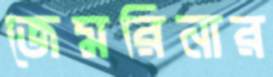
জেমরিনার